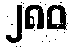
၂၈၀